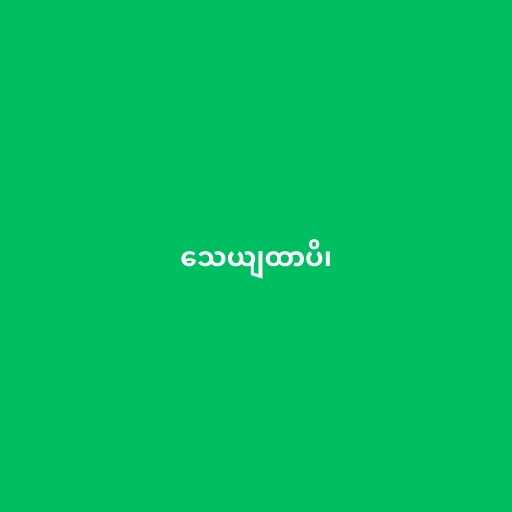
သေယျထာပိ၊